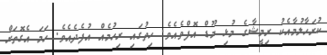
ކުރަހާލުމާއެކު ރިމީޝާގެ މުޅި މޫޑް އޮފްވެއެވެ. ހިތުގައި ރިހުމެއް އުފެދެއެވެ. ހަމަ އެގޮތަށް